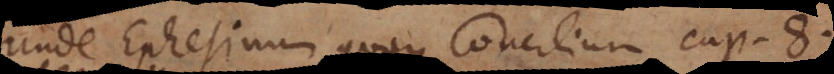
Unde Ephesinum quoque Concilium cap. 8.